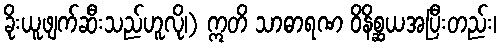
ခိုးယူဖျက်ဆီးသည်ဟူလို၊) ဣတိ သာဓာရဏ ဝိနိစ္ဆယအပြီးတည်း၊